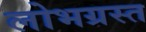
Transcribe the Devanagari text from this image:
लोभग्रस्त